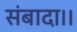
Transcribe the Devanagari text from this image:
संबादा।।